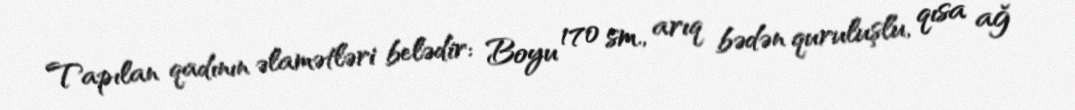
Tapılan qadının əlamətləri belədir: Boyu 170 sm., arıq bədən quruluşlu, qısa ağ